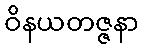
ဝိနယတဇ္ဇနာ